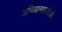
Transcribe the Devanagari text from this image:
अभियानकर्ताओं